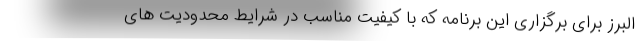
البرز برای برگزاری این برنامه که با کیفیت مناسب در شرایط محدودیت های